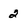
Character: 2